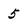
Character: 5